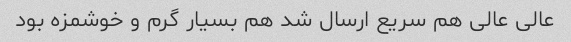
عالی عالی هم سریع ارسال شد هم بسیار گرم و خوشمزه بود